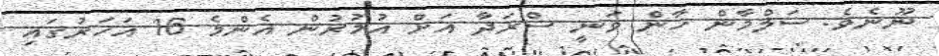
ނޫނެވެ. ސަލްމާން ޚާން ވަނީ ސްރަދާ އަށް އުމުރުން އެންމެ 16 އަހަރުގައި